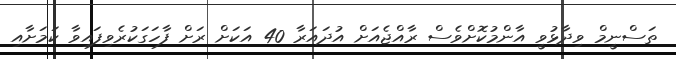
ތަސްނީމް ވިދާޅުވީ އާންމުކޮށްވެސް ރާއްޖެއަށް އުދައަރާ 40 އަކަށް ރަށް ފާހަގަކުރެވިފައިވާ ކަމަށާއި